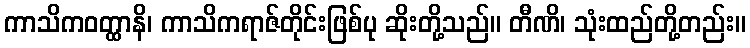
ကာသိကဝတ္ထာနိ၊ ကာသိကရာဇ်တိုင်းဖြစ်ပု ဆိုးတို့သည်။ တီဏိ၊ သုံးထည်တို့တည်း။